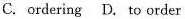
C. ordering D. to order